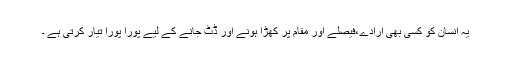
یہ انسان کو کسی بھی ارادے،فیصلے اور مقام پر کھڑا ہونے اور ڈٹ جانے کے لیے پورا پورا تیار کرتی ہے ۔